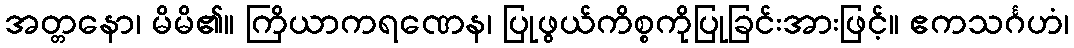
အတ္တနော၊ မိမိ၏။ ကြိယာကရဏေန၊ ပြုဖွယ်ကိစ္စကိုပြုခြင်းအားဖြင့်။ ဧကသင်္ဂဟံ၊